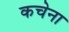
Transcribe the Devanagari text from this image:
कचेना